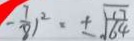
- \frac { 7 } { 8 } ) ^ { 2 } = \pm \sqrt { \frac { 1 7 } { 6 4 } }